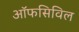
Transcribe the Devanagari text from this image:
ऑफसिविल